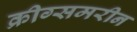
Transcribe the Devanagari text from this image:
क्रीग्समरीन